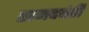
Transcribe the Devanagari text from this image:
राजदपंती